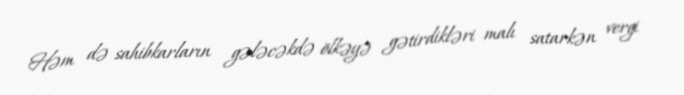
Həm də sahibkarların gələcəkdə ölkəyə gətirdikləri malı satarkən vergi